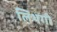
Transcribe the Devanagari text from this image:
लिथगो